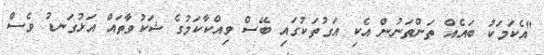
"އެކަމަކު ބައެއް ތަންތަނުން އެކި އަގުތަކުގައި ބޭސް ވިއްކާކަމުގެ ޝަކުވާތައް އަޅުގަނޑު ވެސް